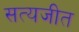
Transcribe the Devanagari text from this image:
सत्‍यजीत